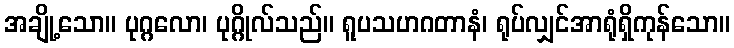
အချို့သော။ ပုဂ္ဂလော၊ ပုဂ္ဂိုလ်သည်။ ရူပသဟဂတာနံ၊ ရုပ်လျှင်အာရုံရှိကုန်သော။